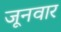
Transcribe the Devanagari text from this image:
जूनवार